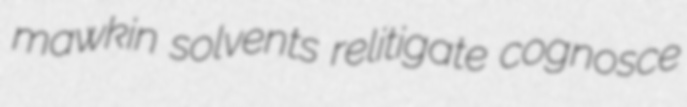
mawkin solvents relitigate cognosce